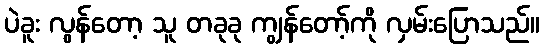
ပဲခူး လွန်တော့ သူ တခုခု ကျွန်တော့်ကို လှမ်းပြောသည်။